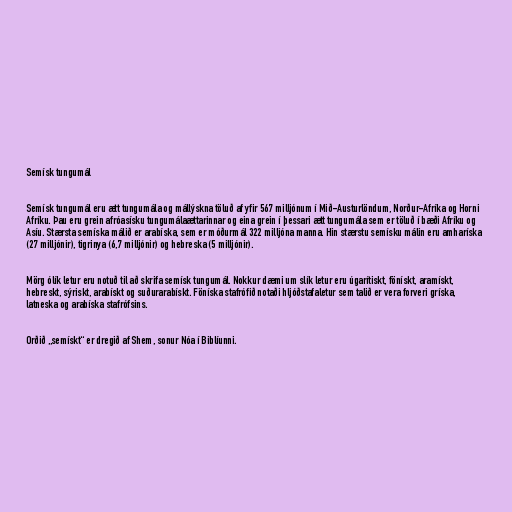
Semísk tungumál

Semísk tungumál eru ætt tungumála og mállýskna töluð af yfir 567 milljónum í Mið-Austurlöndum, Norður-Afríka og Horni
Afríku. Þau eru grein afróasísku tungumálaættarinnar og eina grein í þessari ætt tungumála sem er töluð í bæði Afríku og
Asíu. Stærsta semíska málið er arabíska, sem er móðurmál 322 milljóna manna. Hin stærstu semísku málin eru amharíska
(27 milljónir), tigrinya (6,7 milljónir) og hebreska (5 milljónir).

Mörg ólík letur eru notuð til að skrifa semísk tungumál. Nokkur dæmi um slík letur eru úgarítiskt, fönískt, aramískt,
hebreskt, sýriskt, arabískt og suðurarabískt. Föníska stafrófið notaði hljóðstafaletur sem talið er vera forveri gríska,
latneska og arabíska stafrófsins.

Orðið „semískt“ er dregið af Shem, sonur Nóa í Biblíunni.